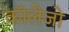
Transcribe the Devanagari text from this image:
काॅलेजो